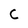
Character: C